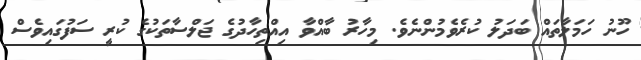
ހޫނު ހަމަލާތައް ބަދަލު ކުރެވެމުންނެވެ. މިހާރު ބާއްވާ އިއްތިހާދުގެ ޖަލްސާތަކުގެ ކުރީ ސަފުގައިވެސް